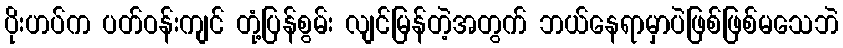
ပိုးဟပ်က ပတ်ဝန်းကျင် တုံ့ပြန်စွမ်း လျင်မြန်တဲ့အတွက် ဘယ်နေရာမှာပဲဖြစ်ဖြစ်မသေဘဲ